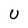
Character: U